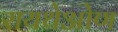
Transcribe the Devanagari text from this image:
रायथेओण